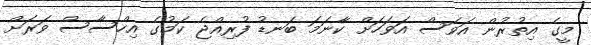
މީގެ އިތުރުން އަވަސް އަވަހަށް ކާނަމަ ބަނޑު ފުރިއްޖެ ކަމުގެ އިހްސާސް ވަރަށް